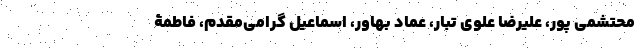
محتشمی پور، علیرضا علوی تبار، عماد بهاور، اسماعیل گرامی‌مقدم، فاطمۀ